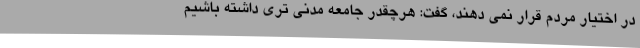
در اختیار مردم قرار نمی دهند، گفت: هرچقدر جامعه مدنی تری داشته باشیم